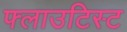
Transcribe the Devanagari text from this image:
फ्लाउटिस्ट